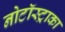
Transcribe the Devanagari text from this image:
नोटॉस्ट्राका